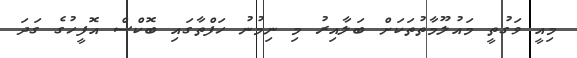
މިއީ ވަގުތީ މައުލޫމާތުތަކަށް ބަލާއިރު މި ނިމުނު ހަފްތާގައި ބޮކްސް އޮފީހުގެ ގަދަ